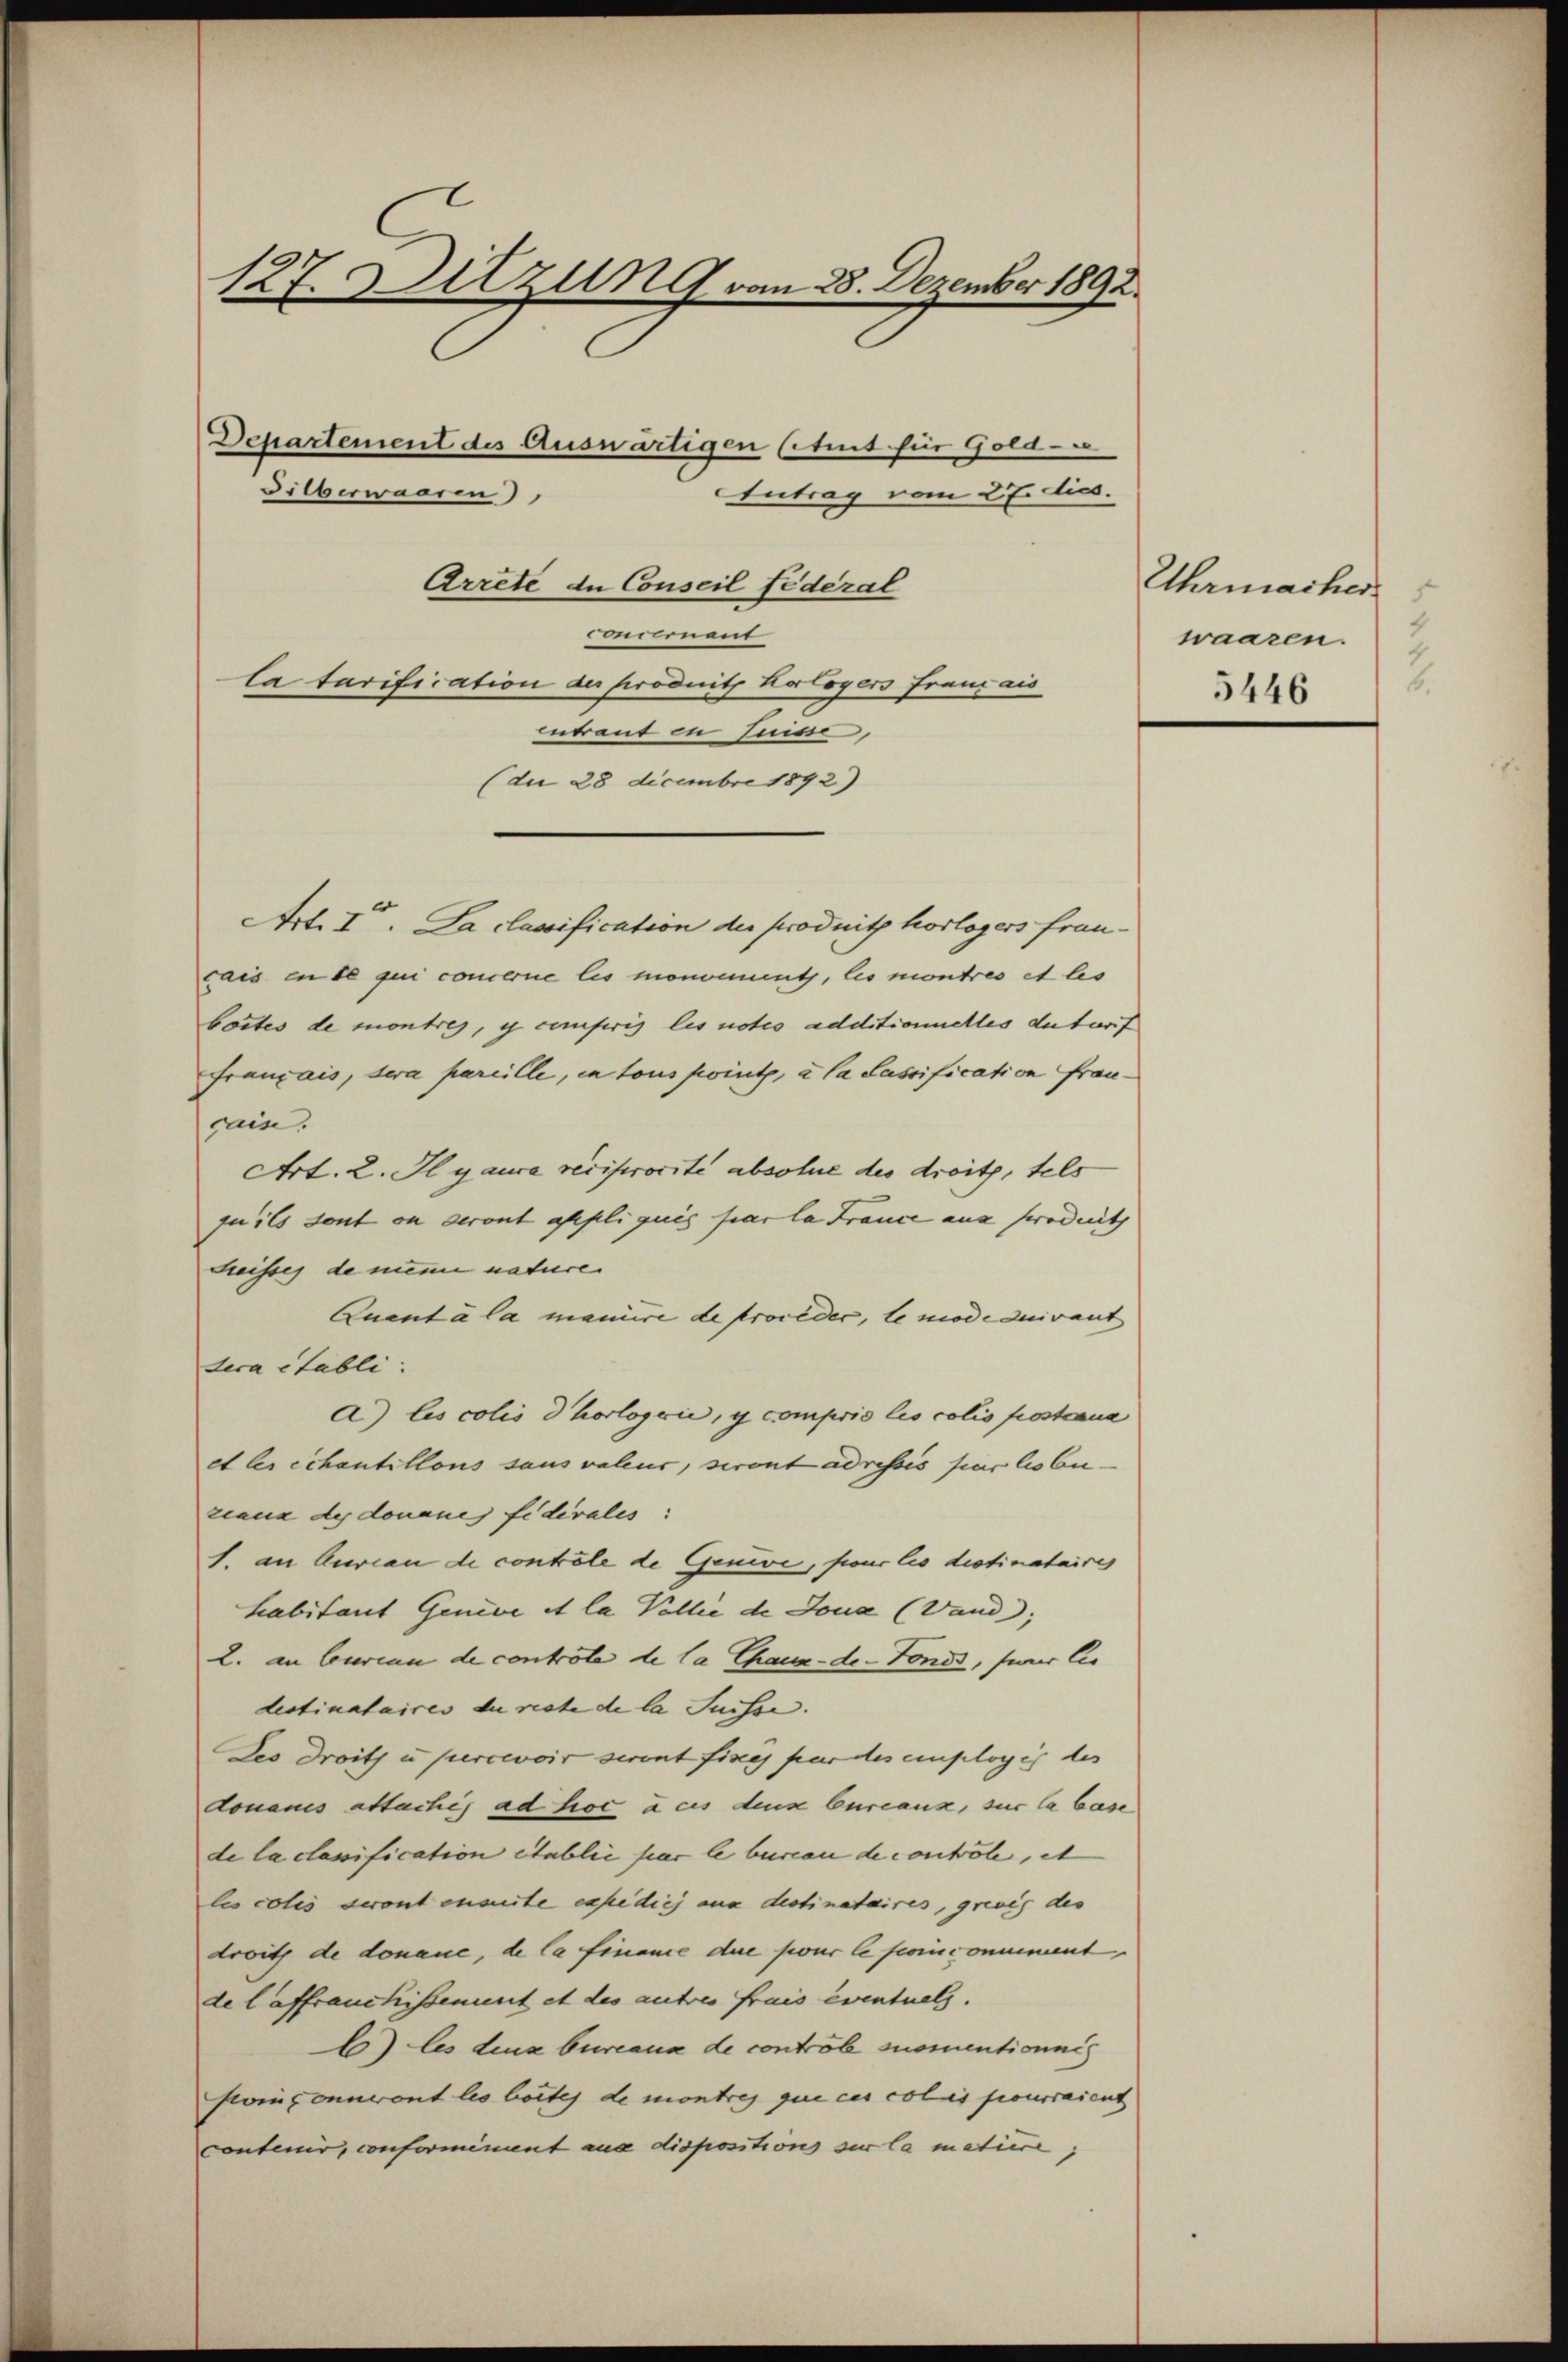
127. Sitzung vom 28. Dezember 1892.
Departement des Auswärtigen Etat für Gold-
Silberwaaren)
Antrag vom 27. dies.

Arrete de Conseil fédéral
ondonent
la tarification der produit Koloyers Franz aus
entraut in Luise,
(de 28 Decembre 1892)
Art. I. La classification der produit horlogers francais en ce qui concerne les monominth, les montres et les
bortes de montres, y conferis les des additionnelles detarif
Français, dera pareille, in tous point, à la Cassification francain.
Art. 2. Il y aura reciprorste absolue des droits, tels
qu’ils sont ou seront appliquis par la France aus serodeth
Kreisses de meine nature |
Quanta la manire de proceder, le mode quivant
dera établi.
a) les colis d hologie, y compris les colis posterna
et les échantillons sans valeur, seront adressis par les bezeaux de donaues fidivales:
1. an Curian de conträte de Geneve, four les distinataires
habitant Genice et la Vollie de Jona (Vand;
2. an Curian de contrôle de la Chaux-de-Fonds, serer les
destinataires du recte de la Suisse. |
Les droits u. percevoir seront fixés par des emplogis des
douanes attachés ad hoc a ces des Cureaux, sur la base
de la clanification établie par le bureau de controle, et
les colls seront ensuite expedich aus destinataires, grevis des
droits de donaue, de la finance die pour le foinconnement
de laffranchissement et des autres frais eventuels.
b) Es deux bureaux de controle snomentionnés
soixonuront les beites de montres que ces colis pourraient
contenir, conformiment aus dispositions sur la mature,

Uhrmacher
4
waaren.
2

5446